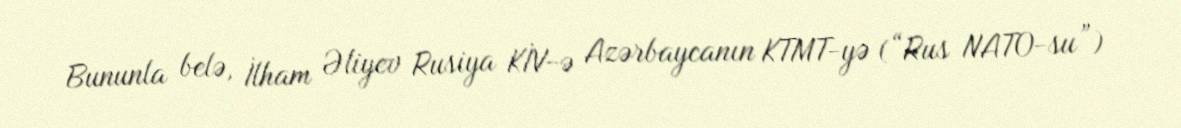
Bununla belə, İlham Əliyev Rusiya KİV-ə Azərbaycanın KTMT-yə (“Rus NATO-su”)